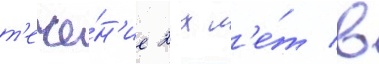
т'ече́н'ие 2-х л'е́т в